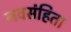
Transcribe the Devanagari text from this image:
नवसंहिता